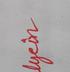
Signature authenticity: genuine